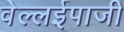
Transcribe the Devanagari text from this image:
वेल्लईपाजी